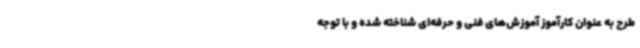
طرح به عنوان کارآموز آموزش‌های فنی و حرفه‌ای شناخته شده و با توجه